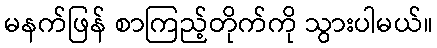
မနက်ဖြန် စာကြည့်တိုက်ကို သွားပါမယ်။